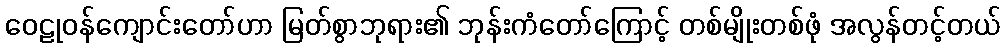
ဝေဠုဝန်ကျောင်းတော်ဟာ မြတ်စွာဘုရား၏ ဘုန်းကံတော်ကြောင့် တစ်မျိုးတစ်ဖုံ အလွန်တင့်တယ်